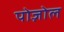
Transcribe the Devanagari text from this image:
पोज़ोल